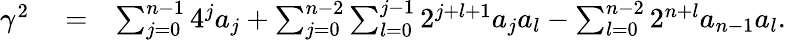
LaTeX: \begin{array}{rlr}{\gamma^{2}}&{{}=}&{\sum_{j=0}^{n-1}{4^{j}a_{j}}+\sum_{j=0}^{n-2}\sum_{l=0}^{j-1}{2^{j+l+1}a_{j}a_{l}}-\sum_{l=0}^{n-2}{2^{n+l}a_{n-1}a_{l}}.}\end{array}